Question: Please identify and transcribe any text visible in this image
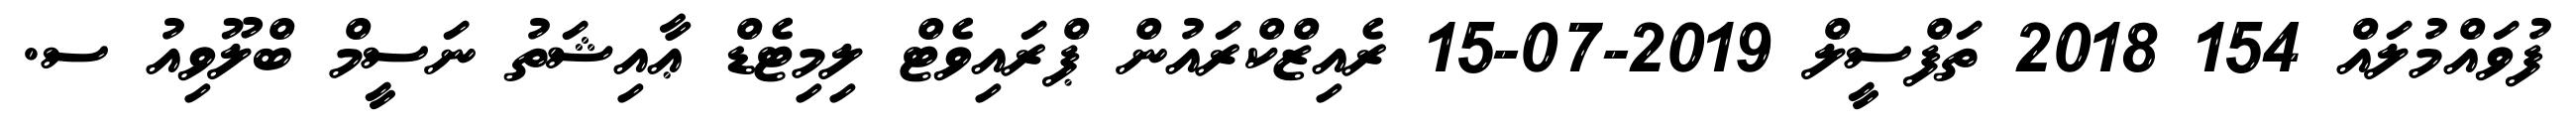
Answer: ފުވައްމުލައް 154 2018 ތަފްސީލް 2019-07-15 ރެއިޒްކްރައުން ޕްރައިވެޓް ލިމިޓެޑް ޢާއިޝަތު ނަސީމް ބްލޫވިއު ސ.